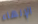
الإلهاء